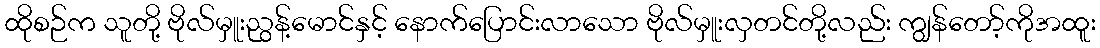
ထိုစဉ်က သူတို့ ဗိုလ်မှူးညွန့်မောင်နှင့် နောက်ပြောင်းလာသော ဗိုလ်မှူးလှတင်တို့လည်း ကျွန်တော့်ကိုအထူး